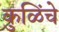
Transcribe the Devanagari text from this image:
कुळिंचे